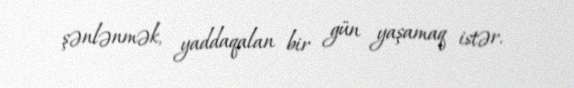
şənlənmək, yaddaqalan bir gün yaşamaq istər.